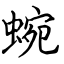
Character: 蜿